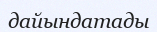
дайындатады